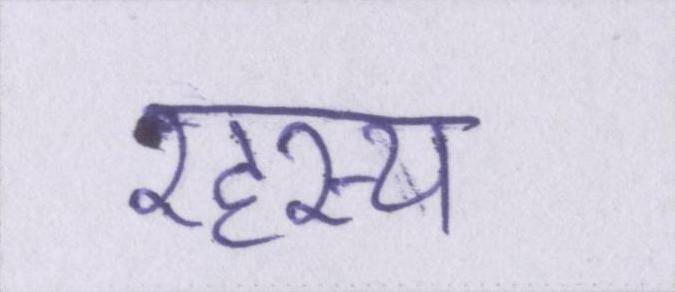
रहस्य